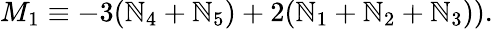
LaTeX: M_{1}\equiv-3(\mathbb{N}_{4}+\mathbb{N}_{5})+2(\mathbb{N}_{1}+\mathbb{N}_{2}+\mathbb{N}_{3})).